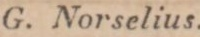
G. Norselius.